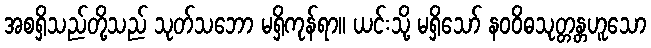
အစရှိသည်တို့သည် သုတ်သဘော မရှိကုန်ရာ။ ယင်းသို့ မရှိသော် နဝဝိဓသုတ္တန္တဟူသော